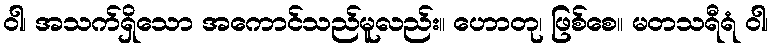
ဝါ၊ အသက်ရှိသော အကောင်သည်မူလည်း။ ဟောတု၊ ဖြစ်စေ။ မတသရီရံ ဝါ၊